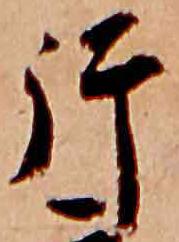
片